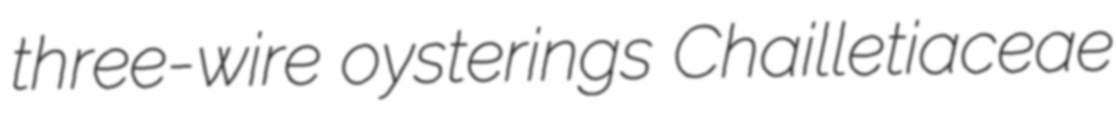
three-wire oysterings Chailletiaceae